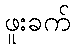
ဖူးခက်